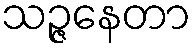
သဉ္ဇနေတာ